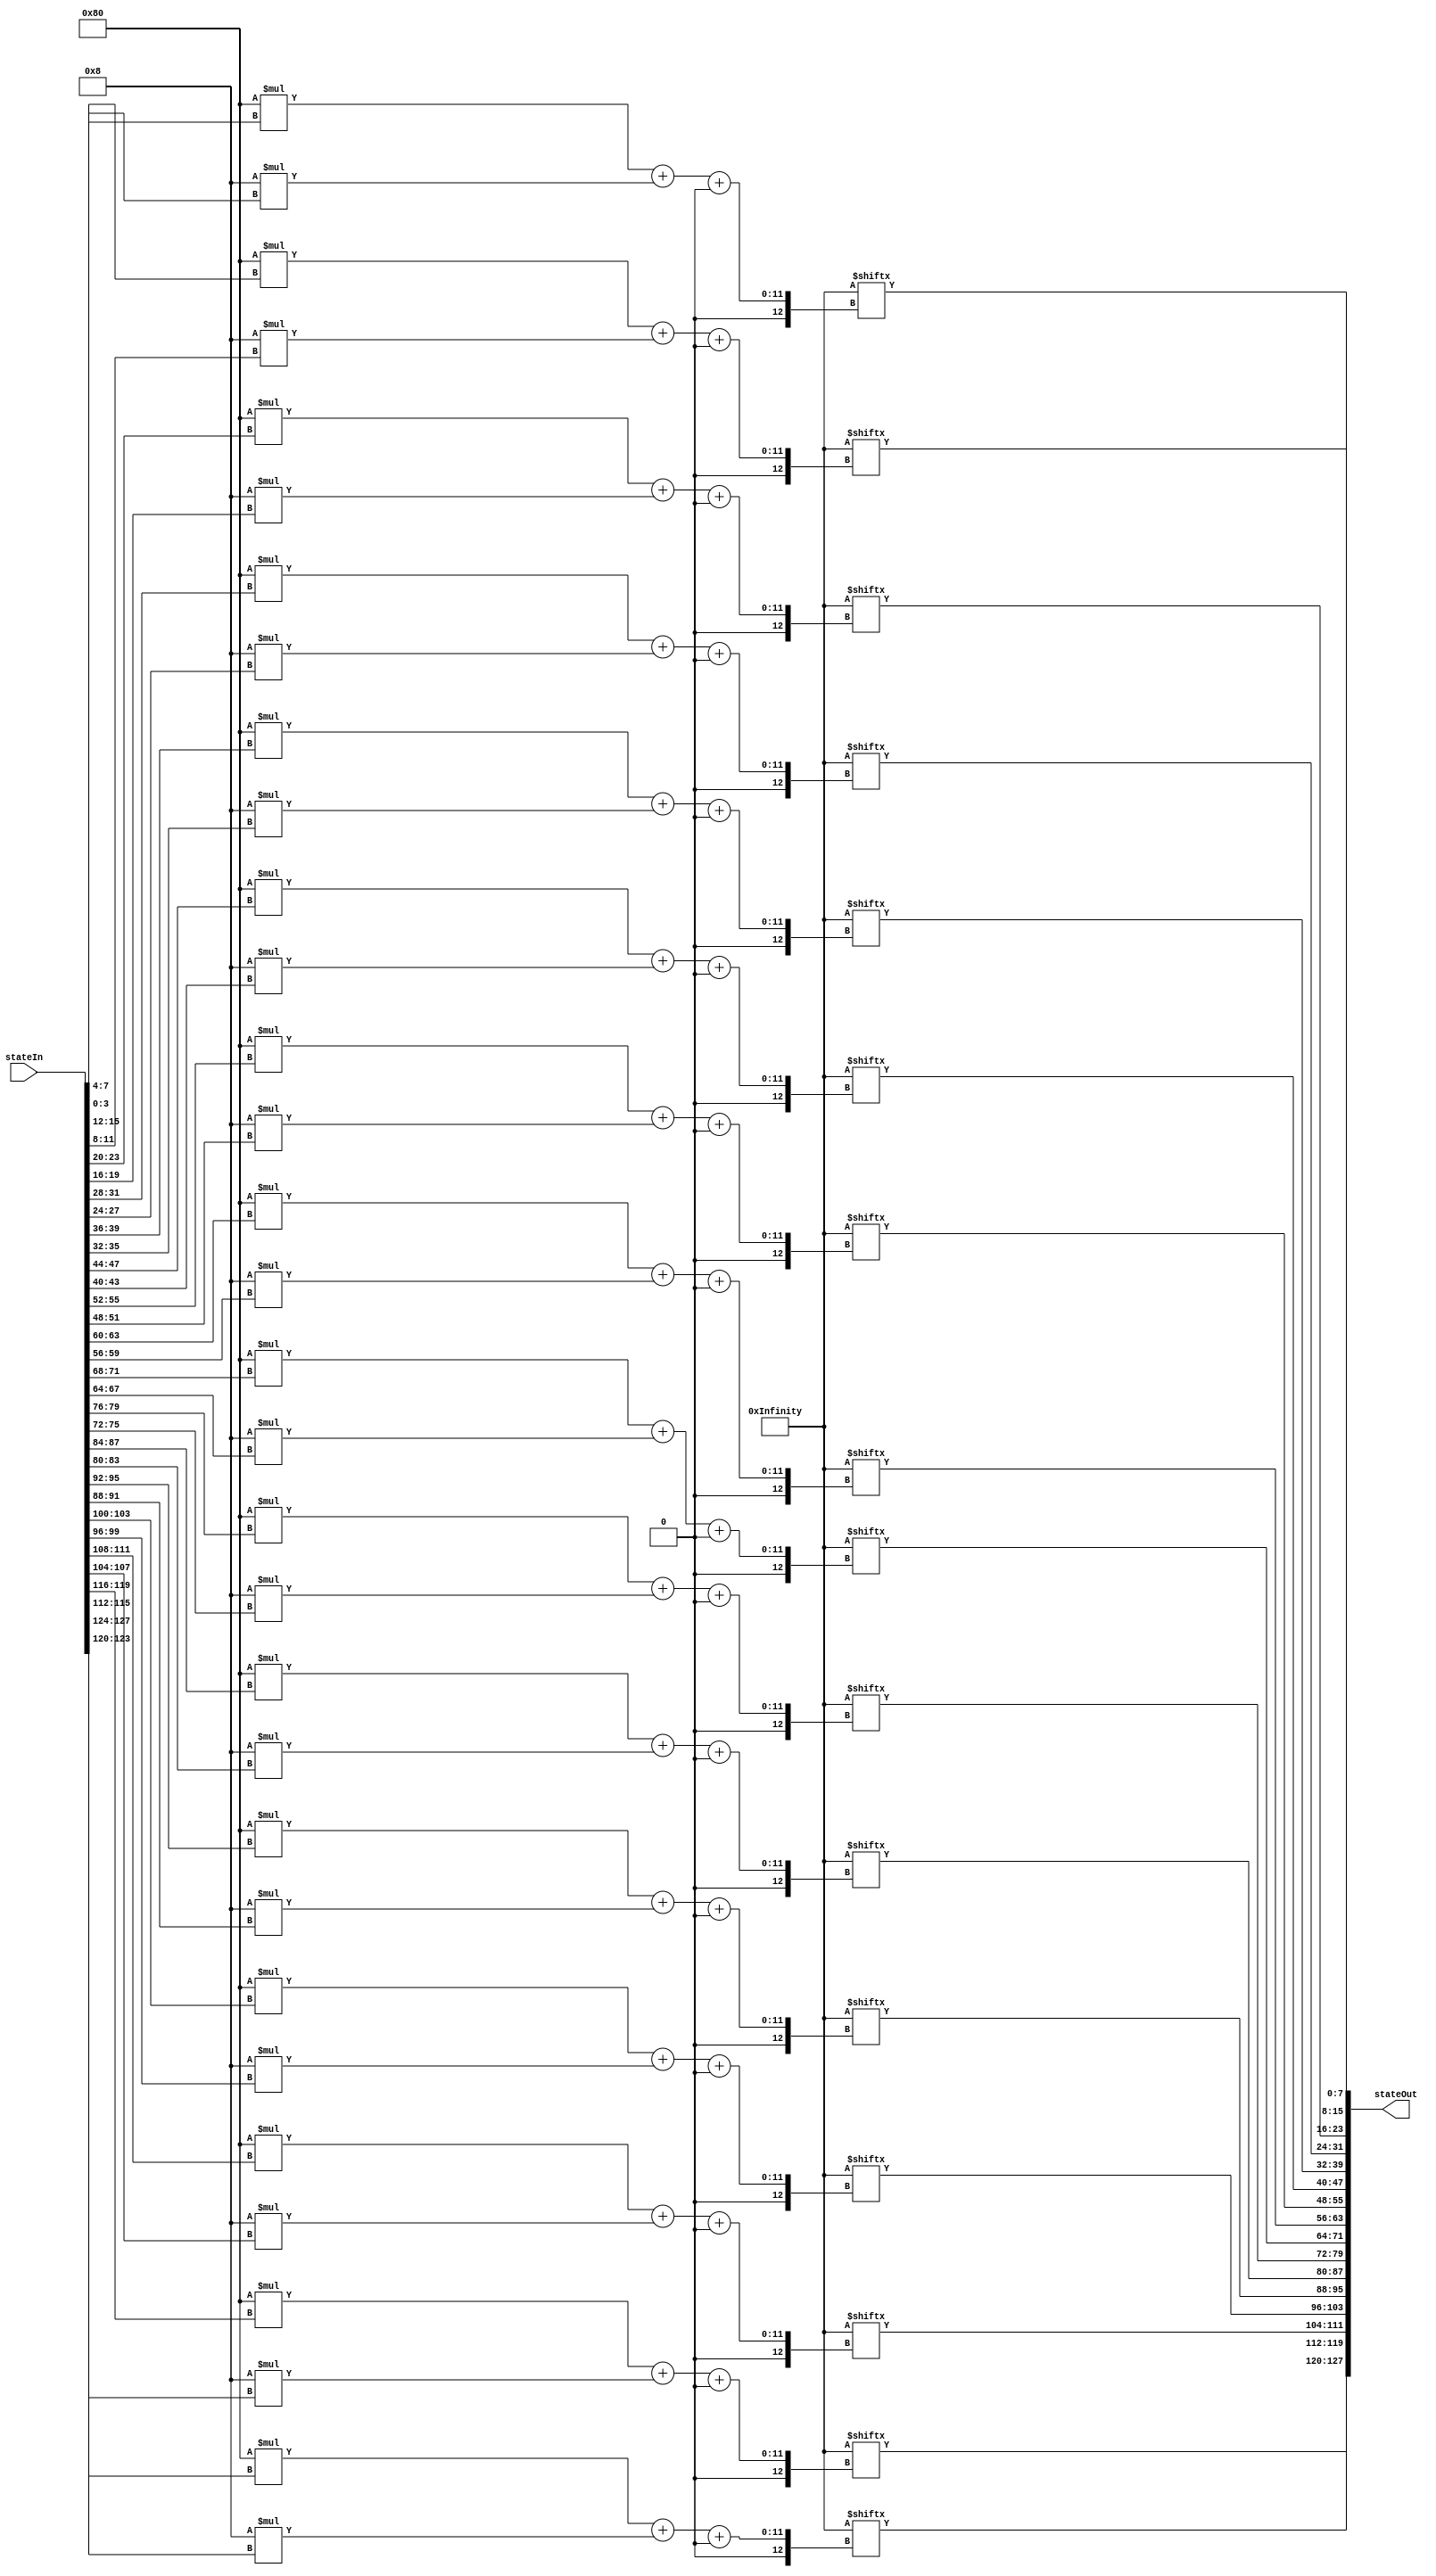

module InvSubBytes(stateIn,stateOut);


input wire[127:0] stateIn;
output wire[127:0] stateOut;

    
wire [2047:0] c;



assign  c[7:0]=8'h52;
assign  c[15:8]=8'h09;
assign  c[23:16]=8'h6a;
assign  c[31:24]=8'hd5;
assign  c[39:32]=8'h30;
assign  c[47:40]=8'h36;
assign  c[55:48]=8'ha5;
assign  c[63:56]=8'h38;
assign  c[71:64]=8'hbf;
assign  c[79:72]=8'h40;
assign  c[87:80]=8'ha3;
assign  c[95:88]=8'h9e;
assign  c[103:96]=8'h81;
assign  c[111:104]=8'hf3;
assign  c[119:112]=8'hd7;
assign  c[127:120]=8'hfb;
assign  c[135:128]=8'h7c;
assign  c[143:136]=8'he3;
assign  c[151:144]=8'h39;
assign  c[159:152]=8'h82;
assign  c[167:160]=8'h9b;
assign  c[175:168]=8'h2f;
assign  c[183:176]=8'hff;
assign  c[191:184]=8'h87;
assign  c[199:192]=8'h34;
assign  c[207:200]=8'h8e;
assign  c[215:208]=8'h43;
assign  c[223:216]=8'h44;
assign  c[231:224]=8'hc4;
assign  c[239:232]=8'hde;
assign  c[247:240]=8'he9;
assign  c[255:248]=8'hcb;
assign  c[263:256]=8'h54;
assign  c[271:264]=8'h7b;
assign  c[279:272]=8'h94;
assign  c[287:280]=8'h32;
assign  c[295:288]=8'ha6;
assign  c[303:296]=8'hc2;
assign  c[311:304]=8'h23;
assign  c[319:312]=8'h3d;
assign  c[327:320]=8'hee;
assign  c[335:328]=8'h4c;
assign  c[343:336]=8'h95;
assign  c[351:344]=8'h0b;
assign  c[359:352]=8'h42;
assign  c[367:360]=8'hfa;
assign  c[375:368]=8'hc3;
assign  c[383:376]=8'h4e;
assign  c[391:384]=8'h08;
assign  c[399:392]=8'h2e;
assign  c[407:400]=8'ha1;
assign  c[415:408]=8'h66;
assign  c[423:416]=8'h28;
assign  c[431:424]=8'hd9;
assign  c[439:432]=8'h24;
assign  c[447:440]=8'hb2;
assign  c[455:448]=8'h76;
assign  c[463:456]=8'h5b;
assign  c[471:464]=8'ha2;
assign  c[479:472]=8'h49;
assign  c[487:480]=8'h6d;
assign  c[495:488]=8'h8b;
assign  c[503:496]=8'hd1;
assign  c[511:504]=8'h25;
assign  c[519:512]=8'h72;
assign  c[527:520]=8'hf8;
assign  c[535:528]=8'hf6;
assign  c[543:536]=8'h64;
assign  c[551:544]=8'h86;
assign  c[559:552]=8'h68;
assign  c[567:560]=8'h98;
assign  c[575:568]=8'h16;
assign  c[583:576]=8'hd4;
assign  c[591:584]=8'ha4;
assign  c[599:592]=8'h5c;
assign  c[607:600]=8'hcc;
assign  c[615:608]=8'h5d;
assign  c[623:616]=8'h65;
assign  c[631:624]=8'hb6;
assign  c[639:632]=8'h92;
assign  c[647:640]=8'h6c;
assign  c[655:648]=8'h70;
assign  c[663:656]=8'h48;
assign  c[671:664]=8'h50;
assign  c[679:672]=8'hfd;
assign  c[687:680]=8'hed;
assign  c[695:688]=8'hb9;
assign  c[703:696]=8'hda;
assign  c[711:704]=8'h5e;
assign  c[719:712]=8'h15;
assign  c[727:720]=8'h46;
assign  c[735:728]=8'h57;
assign  c[743:736]=8'ha7;
assign  c[751:744]=8'h8d;
assign  c[759:752]=8'h9d;
assign  c[767:760]=8'h84;
assign  c[775:768]=8'h90;
assign  c[783:776]=8'hd8;
assign  c[791:784]=8'hab;
assign  c[799:792]=8'h00;
assign  c[807:800]=8'h8c;
assign  c[815:808]=8'hbc;
assign  c[823:816]=8'hd3;
assign  c[831:824]=8'h0a;
assign  c[839:832]=8'hf7;
assign  c[847:840]=8'he4;
assign  c[855:848]=8'h58;
assign  c[863:856]=8'h05;
assign  c[871:864]=8'hb8;
assign  c[879:872]=8'hb3;
assign  c[887:880]=8'h45;
assign  c[895:888]=8'h06;
assign  c[903:896]=8'hd0;
assign  c[911:904]=8'h2c;
assign  c[919:912]=8'h1e;
assign  c[927:920]=8'h8f;
assign  c[935:928]=8'hca;
assign  c[943:936]=8'h3f;
assign  c[951:944]=8'h0f;
assign  c[959:952]=8'h02;
assign  c[967:960]=8'hc1;
assign  c[975:968]=8'haf;
assign  c[983:976]=8'hbd;
assign  c[991:984]=8'h03;
assign  c[999:992]=8'h01;
assign  c[1007:1000]=8'h13;
assign  c[1015:1008]=8'h8a;
assign  c[1023:1016]=8'h6b;
assign  c[1031:1024]=8'h3a;
assign  c[1039:1032]=8'h91;
assign  c[1047:1040]=8'h11;
assign  c[1055:1048]=8'h41;
assign  c[1063:1056]=8'h4f;
assign  c[1071:1064]=8'h67;
assign  c[1079:1072]=8'hdc;
assign  c[1087:1080]=8'hea;
assign  c[1095:1088]=8'h97;
assign  c[1103:1096]=8'hf2;
assign  c[1111:1104]=8'hcf;
assign  c[1119:1112]=8'hce;
assign  c[1127:1120]=8'hf0;
assign  c[1135:1128]=8'hb4;
assign  c[1143:1136]=8'he6;
assign  c[1151:1144]=8'h73;
assign  c[1159:1152]=8'h96;
assign  c[1167:1160]=8'hac;
assign  c[1175:1168]=8'h74;
assign  c[1183:1176]=8'h22;
assign  c[1191:1184]=8'he7;
assign  c[1199:1192]=8'had;
assign  c[1207:1200]=8'h35;
assign  c[1215:1208]=8'h85;
assign  c[1223:1216]=8'he2;
assign  c[1231:1224]=8'hf9;
assign  c[1239:1232]=8'h37;
assign  c[1247:1240]=8'he8;
assign  c[1255:1248]=8'h1c;
assign  c[1263:1256]=8'h75;
assign  c[1271:1264]=8'hdf;
assign  c[1279:1272]=8'h6e;
assign  c[1287:1280]=8'h47;
assign  c[1295:1288]=8'hf1;
assign  c[1303:1296]=8'h1a;
assign  c[1311:1304]=8'h71;
assign  c[1319:1312]=8'h1d;
assign  c[1327:1320]=8'h29;
assign  c[1335:1328]=8'hc5;
assign  c[1343:1336]=8'h89;
assign  c[1351:1344]=8'h6f;
assign  c[1359:1352]=8'hb7;
assign  c[1367:1360]=8'h62;
assign  c[1375:1368]=8'h0e;
assign  c[1383:1376]=8'haa;
assign  c[1391:1384]=8'h18;
assign  c[1399:1392]=8'hbe;
assign  c[1407:1400]=8'h1b;
assign  c[1415:1408]=8'hfc;
assign  c[1423:1416]=8'h56;
assign  c[1431:1424]=8'h3e;
assign  c[1439:1432]=8'h4b;
assign  c[1447:1440]=8'hc6;
assign  c[1455:1448]=8'hd2;
assign  c[1463:1456]=8'h79;
assign  c[1471:1464]=8'h20;
assign  c[1479:1472]=8'h9a;
assign  c[1487:1480]=8'hdb;
assign  c[1495:1488]=8'hc0;
assign  c[1503:1496]=8'hfe;
assign  c[1511:1504]=8'h78;
assign  c[1519:1512]=8'hcd;
assign  c[1527:1520]=8'h5a;
assign  c[1535:1528]=8'hf4;
assign  c[1543:1536]=8'h1f;
assign  c[1551:1544]=8'hdd;
assign  c[1559:1552]=8'ha8;
assign  c[1567:1560]=8'h33;
assign  c[1575:1568]=8'h88;
assign  c[1583:1576]=8'h07;
assign  c[1591:1584]=8'hc7;
assign  c[1599:1592]=8'h31;
assign  c[1607:1600]=8'hb1;
assign  c[1615:1608]=8'h12;
assign  c[1623:1616]=8'h10;
assign  c[1631:1624]=8'h59;
assign  c[1639:1632]=8'h27;
assign  c[1647:1640]=8'h80;
assign  c[1655:1648]=8'hec;
assign  c[1663:1656]=8'h5f;
assign  c[1671:1664]=8'h60;
assign  c[1679:1672]=8'h51;
assign  c[1687:1680]=8'h7f;
assign  c[1695:1688]=8'ha9;
assign  c[1703:1696]=8'h19;
assign  c[1711:1704]=8'hb5;
assign  c[1719:1712]=8'h4a;
assign  c[1727:1720]=8'h0d;
assign  c[1735:1728]=8'h2d;
assign  c[1743:1736]=8'he5;
assign  c[1751:1744]=8'h7a;
assign  c[1759:1752]=8'h9f;
assign  c[1767:1760]=8'h93;
assign  c[1775:1768]=8'hc9;
assign  c[1783:1776]=8'h9c;
assign  c[1791:1784]=8'hef;
assign  c[1799:1792]=8'ha0;
assign  c[1807:1800]=8'he0;
assign  c[1815:1808]=8'h3b;
assign  c[1823:1816]=8'h4d;
assign  c[1831:1824]=8'hae;
assign  c[1839:1832]=8'h2a;
assign  c[1847:1840]=8'hf5;
assign  c[1855:1848]=8'hb0;
assign  c[1863:1856]=8'hc8;
assign  c[1871:1864]=8'heb;
assign  c[1879:1872]=8'hbb;
assign  c[1887:1880]=8'h3c;
assign  c[1895:1888]=8'h83;
assign  c[1903:1896]=8'h53;
assign  c[1911:1904]=8'h99;
assign  c[1919:1912]=8'h61;
assign  c[1927:1920]=8'h17;
assign  c[1935:1928]=8'h2b;
assign  c[1943:1936]=8'h04;
assign  c[1951:1944]=8'h7e;
assign  c[1959:1952]=8'hba;
assign  c[1967:1960]=8'h77;
assign  c[1975:1968]=8'hd6;
assign  c[1983:1976]=8'h26;
assign  c[1991:1984]=8'he1;
assign  c[1999:1992]=8'h69;
assign  c[2007:2000]=8'h14;
assign  c[2015:2008]=8'h63;
assign  c[2023:2016]=8'h55;
assign  c[2031:2024]=8'h21;
assign  c[2039:2032]=8'h0c;
assign  c[2047:2040]=8'h7d;




wire[10:0] i0;
wire[10:0] i1;
wire[10:0] i2;
wire[10:0] i3;
wire[10:0] i4;
wire[10:0] i5;
wire[10:0] i6;
wire[10:0] i7;
wire[10:0] i8;
wire[10:0] i9;
wire[10:0] i10;
wire[10:0] i11;
wire[10:0] i12;
wire[10:0] i13;
wire[10:0] i14;
wire[10:0] i15;

assign i0 = 'd128* stateIn[7:4] + 'd8*stateIn[3:0];
assign stateOut[7:0] = c[ i0 +: 8];

assign i1 = 'd128* stateIn[15:12] + 'd8*stateIn[11:8];
assign stateOut[15:8] = c[ i1 +: 8];

assign i2 = 'd128* stateIn[23:20] + 'd8*stateIn[19:16];
assign stateOut[23:16] = c[ i2 +: 8];

assign i3 = 'd128* stateIn[31:28] + 'd8*stateIn[27:24];
assign stateOut[31:24] = c[ i3 +: 8];

assign i4 = 'd128* stateIn[39:36] + 'd8*stateIn[35:32];
assign stateOut[39:32] = c[ i4 +: 8];

assign i5 = 'd128* stateIn[47:44] + 'd8*stateIn[43:40];
assign stateOut[47:40] = c[ i5 +: 8];

assign i6 = 'd128* stateIn[55:52] + 'd8*stateIn[51:48] ;
assign stateOut[55:48] = c[ i6 +: 8 ];

assign i7 = 'd128* stateIn[63:60] + 'd8*stateIn[59:56];
assign stateOut[63:56] = c[ i7 +: 8];

assign i8 = 'd128* stateIn[71:68] + 'd8*stateIn[67:64];
assign stateOut[71:64] = c[ i8 +: 8];

assign i9 = 'd128* stateIn[79:76] + 'd8*stateIn[75:72];
assign stateOut[79:72] = c[ i9 +: 8];

assign i10 = 'd128* stateIn[87:84] + 'd8*stateIn[83:80];
assign stateOut[87:80] = c[ i10 +: 8];

assign i11 = 'd128* stateIn[95:92] + 'd8*stateIn[91:88];
assign stateOut[95:88] = c[ i11 +: 8];

assign i12 = 'd128* stateIn[103:100] + 'd8*stateIn[99:96];
assign stateOut[103:96] = c[ i12 +: 8];

assign i13 = 'd128* stateIn[111:108] + 'd8*stateIn[107:104];
assign stateOut[111:104] = c[ i13 +: 8];

assign i14 = 'd128* stateIn[119:116] + 'd8*stateIn[115:112];
assign stateOut[119:112] = c[ i14 +: 8];

assign i15 = 'd128* stateIn[127:124] + 'd8*stateIn[123:120];
assign stateOut[127:120] = c[ i15 +: 8];

endmodule